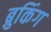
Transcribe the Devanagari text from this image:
ब्रुकिंग